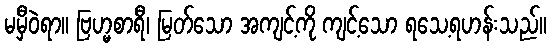
မမှီဝဲရာ။ ဗြဟ္မစာရီ၊ မြတ်သော အကျင့်ကို ကျင့်သော ရသေ့ရဟန်းသည်။